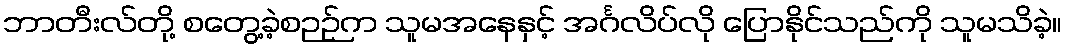
ဘာတီးလ်တို့ စတွေ့ခဲ့စဉဉ်က သူမအနေနှင့် အင်္ဂလိပ်လို ပြောနိုင်သည်ကို သူမသိခဲ့။